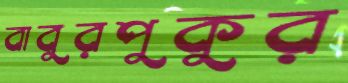
বাবুরপুকুর